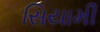
સિયામી